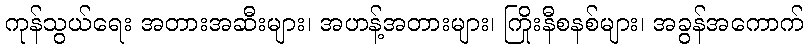
ကုန်သွယ်ရေး အတားအဆီးများ၊ အဟန့်အတားများ၊ ကြိုးနီစနစ်များ၊ အခွန်အကောက်